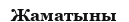
Жаматыны